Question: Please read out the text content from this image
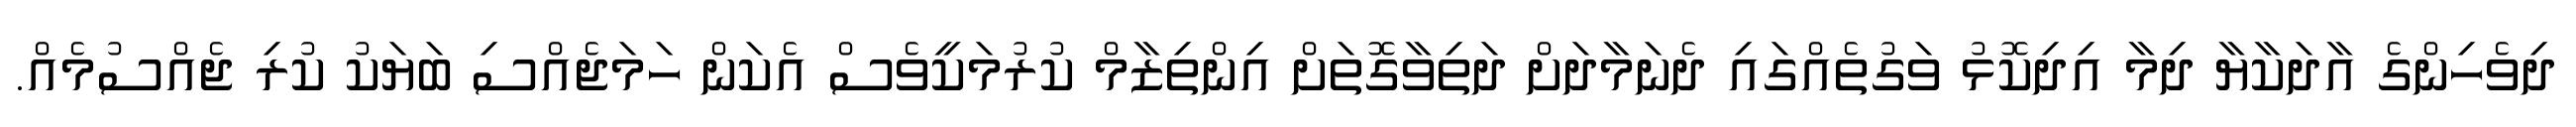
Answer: ދިވެހިންގެ އާދަކާޔާ ދިމާ އިދިކޮޅު ވަގުތެއްގައި ދެނަމާދަށް ދަތިވާގޮތަށް އިންތިޒާމް ކުރުމަކީވެސް އެކަން ހަމަޖެއްސި ބަޔަކު ކުރި ޖެއްސުމެއް.